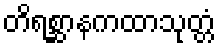
တိရစ္ဆာနကထာသုတ္တံ